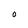
Character: O